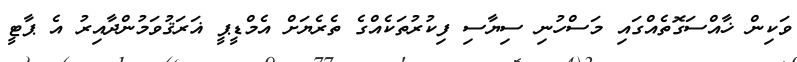
ވަކިން ޚާއްސަގޮތެއްގައި މަސްހުނި ސިޔާސި ފިކުރުތަކެއްގެ ތެރެޔަށް އެމްޑީޕީ ޣަރަޤުވަމުންދާއިރު އެ ޕާޓީ